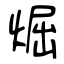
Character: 煀